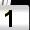
Digit: 1